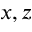
x , z